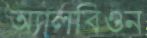
অ্যালবিওন